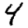
Digit: 4